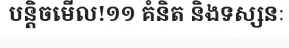
បន្តិចមើល!១១ គំនិត និងទស្សនៈ